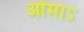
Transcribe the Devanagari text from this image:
ओमाऽ